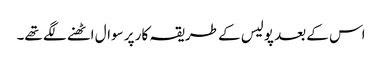
اس کے بعد پولیس کے طریقہ کار پر سوال اٹھنے لگے تھے۔